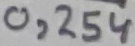
Text: 0,254